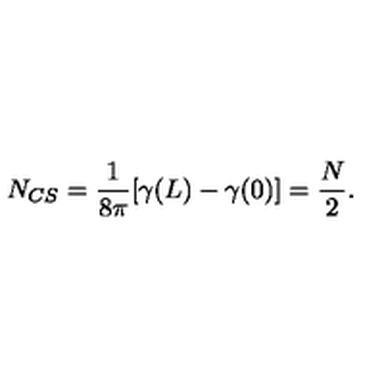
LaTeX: N _ { C S } = \frac { 1 } { 8 \pi } [ \gamma ( L ) - \gamma ( 0 ) ] = \frac { N } { 2 } .